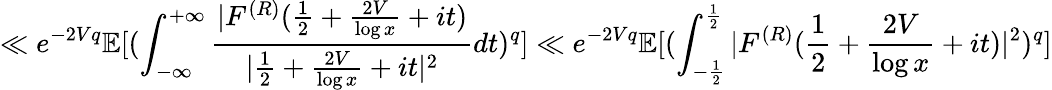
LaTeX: \ll e^{-2Vq}\mathbb E[(\int_{-\infty}^{+\infty}\frac{|F^{(R)}(\frac{1}{2}+\frac{2V}{\log x}+it)}{|\frac{1}{2}+\frac{2V}{\log x}+it|^{2}}dt)^{q}]\ll e^{-2Vq}\mathbb E[(\int_{-\frac{1}{2}}^{\frac{1}{2}}|F^{(R)}(\frac{1}{2}+\frac{2V}{\log x}+it)|^{2})^{q}]